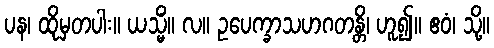
ပန၊ ထိုမှတပါး။ ယသ္မိံ။ လ။ ဥပေက္ခာသဟဂတန္တိ၊ ဟူ၍။ ဧဝံ၊ သို့။